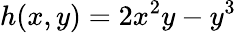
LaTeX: h(x,y)=2x^{2}y-y^{3}